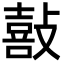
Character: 敼